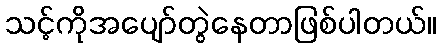
သင့်ကိုအပျော်တွဲနေတာဖြစ်ပါတယ်။